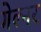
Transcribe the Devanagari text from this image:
गेल्नर